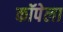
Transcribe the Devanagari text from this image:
कॉपेला